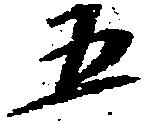
五